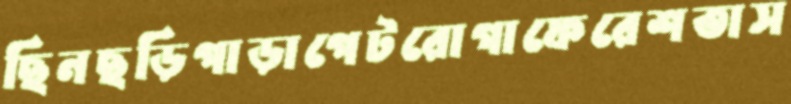
ছিনছড়িপাড়াপেটরোগাফেরেশতাস